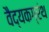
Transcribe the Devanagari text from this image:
वैद्यकग्रंथ